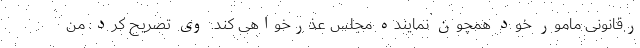
رقانونی مامور خود همچون نماینده مجلس عذرخواهی کند. وی تصریح کرد: من